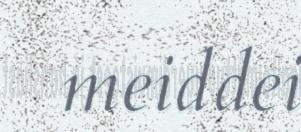
meiddei